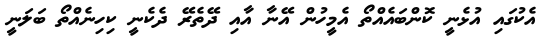
އެކުގައި އުޅެނީ ކޮންބައެއްތޯ އެމީހުން އޭނާ އާއި ދޭތެރޭ ދެކެނީ ކިހިނެއްތޯ ބަލަނީ